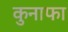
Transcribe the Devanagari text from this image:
कुनाफा